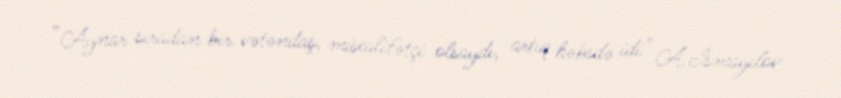
”Aynar sıradan bir vətəndaş, müxalifətçi olsaydı, artıq həbsdə idi" A.İsmayılov